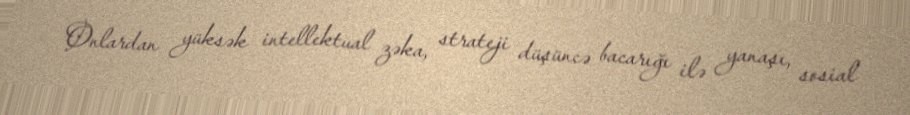
Onlardan yüksək intellektual zəka, strateji düşüncə bacarığı ilə yanaşı, sosial